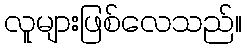
လူများဖြစ်လေသည်။